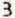
3